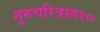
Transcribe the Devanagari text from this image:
गुरुचरित्रात१०